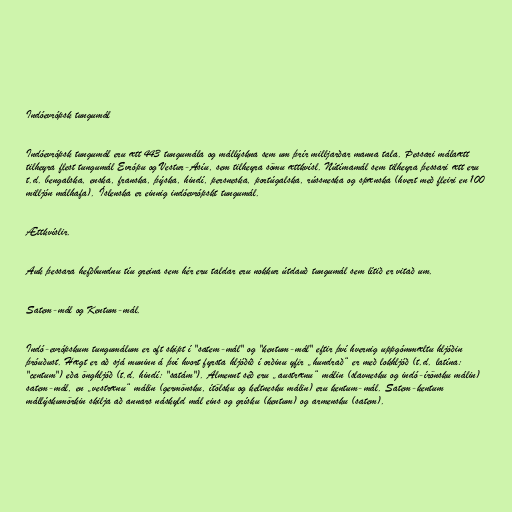
Indóevrópsk tungumál

Indóevrópsk tungumál eru ætt 443 tungumála og mállýskna sem um þrír milljarðar manna tala. Þessari málaætt
tilheyra flest tungumál Evrópu og Vestur-Asíu, sem tilheyra sömu ættkvísl. Nútímamál sem tilheyra þessari ætt eru
t.d. bengalska, enska, franska, þýska, hindí, persneska, portúgalska, rússneska og spænska (hvert með fleiri en 100
milljón málhafa). Íslenska er einnig indóevrópskt tungumál.

Ættkvíslir.

Auk þessara hefðbundnu tíu greina sem hér eru taldar eru nokkur útdauð tungumál sem lítið er vitað um.

Satem-mál og Kentum-mál.

Indó-evrópskum tungumálum er oft skipt í "satem-mál" og "kentum-mál" eftir því hvernig uppgómmæltu hljóðin
þróuðust. Hægt er að sjá muninn á því hvort fyrsta hljóðið í orðinu yfir „hundrað“ er með lokhljóð (t.d. latína:
"centum") eða önghljóð (t.d. hindí: "satám"). Almennt séð eru „austrænu“ málin (slavnesku og indó-írönsku málin)
satem-mál, en „vestrænu“ málin (germönsku, ítölsku og keltnesku málin) eru kentum-mál. Satem-kentum
mállýskumörkin skilja að annars náskyld mál eins og grísku (kentum) og armensku (satem).